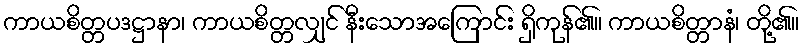
ကာယစိတ္တပဒဋ္ဌာနာ၊ ကာယစိတ္တလျှင် နီးသောအကြောင်း ရှိကုန်၏။ ကာယစိတ္တာနံ၊ တို့၏။